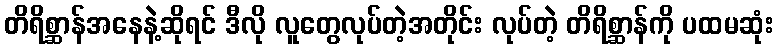
တိရိစ္ဆာန်အနေနဲ့ဆိုရင် ဒီလို လူတွေလုပ်တဲ့အတိုင်း လုပ်တဲ့ တိရိစ္ဆာန်ကို ပထမဆုံး